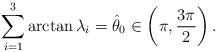
LaTeX: \begin{align*}\sum_{i=1}^3 \arctan\lambda_i =\hat\theta_0\in \left(\pi,\frac{3\pi}{2} \right).\end{align*}